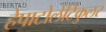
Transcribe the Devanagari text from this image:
हेपाटोलेंटिकुलर